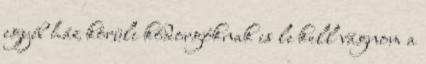
egyéb ház körüli kódorgóknak is le kell vágnom a